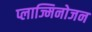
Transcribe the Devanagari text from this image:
प्लाज्मिनोजन